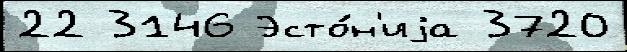
22 3146 Эсто́н'иjа 3720